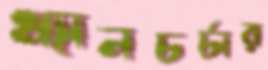
ধ্যানচর্চার